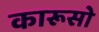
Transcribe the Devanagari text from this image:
कारूसो